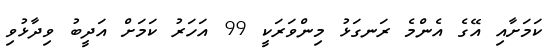
ކަމަށާއި އޭގެ އެންމެ ރަނގަޅު މިންވަރަކީ 99 އަހަރު ކަމަށް އަދީބު ވިދާޅުވި